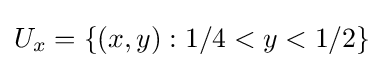
U_{x}=\{(x,y):1/4<y<1/2\}